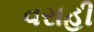
વરાહી